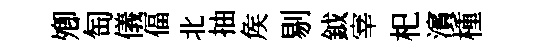
𡖖匋儀偪北抽矦剔鉞宰𣏌濱㮔